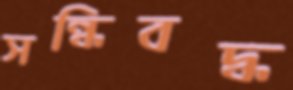
সন্ধিবদ্ধ